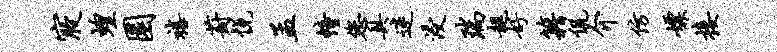
寝蝗圜禧葑悦孟幢您具迷浸瑞趄好籍侃介仿嫖接